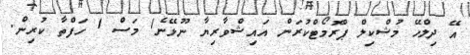
އޭ ދިލްހޭ މުޝްކިލް ޕްރޮމޯޓްކުރަން އައިޝްވާރިޔާ ނޫޅޭނެ1 މަސް 1 ހަފްތާ ކުރިން.